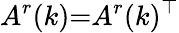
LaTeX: A^{r}(k){=}A^{r}(k)^{\top}